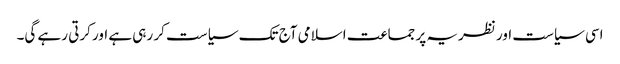
اسی سیاست اور نظریہ پر جماعت اسلامی آج تک سیاست کر رہی ہے اور کرتی رہے گی۔